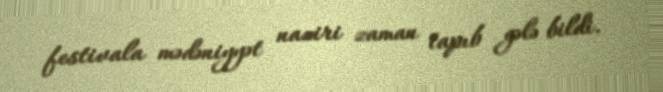
festivala mədəniyyət naziri zaman tapıb gələ bildi.